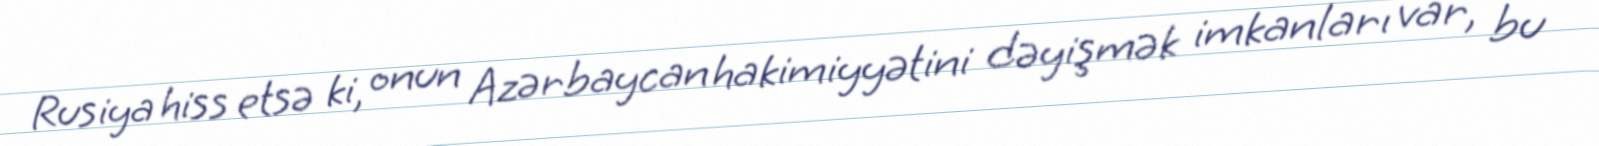
Rusiya hiss etsə ki, onun Azərbaycan hakimiyyətini dəyişmək imkanları var, bu